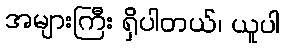
အများကြီး ရှိပါတယ်၊ ယူပါ